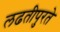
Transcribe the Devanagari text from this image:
लढतीपुरते